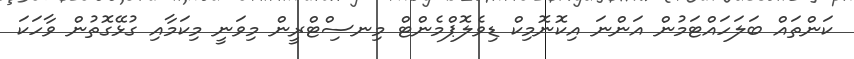
ކަންތައް ބަލަހައްޓަމުން އަންނަ އިކޮނޮމިކް ޑިވެލޮޕްމެންޓް މިނސިްޓްރީން މިވަނީ މިކަމާއި ގުޅޭގޮތުން ވާހަކަ